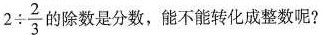
$$2 \div \frac { 2 } { 3 } $$的除数是分数，能不能转化成整数呢?